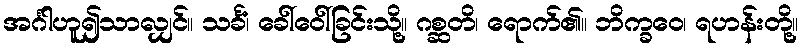
အင်္ဂါဟူ၍သာလျှင်။ သင်္ခံ၊ ခေါ်ဝေါ်ခြင်းသို့။ ဂစ္ဆတိ၊ ရောက်၏။ ဘိက္ခဝေ၊ ရဟန်းတို့။